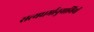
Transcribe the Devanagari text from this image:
सत्यधर्मानुयायियों